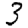
Digit: 3